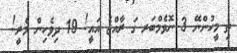
ތި މީހުންނޭ 3 ނޮވެމްބަރ ގަ ރާއްޖެ އައީ! 19 ދިވެހިން މެރީ!